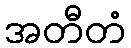
အတီတံ